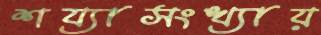
শয্যাসংখ্যায়